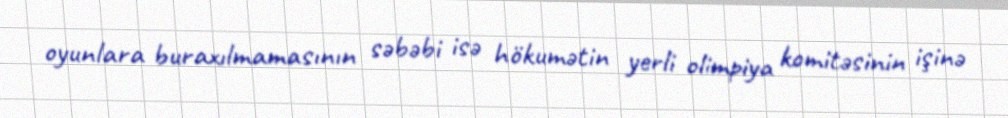
oyunlara buraxılmamasının səbəbi isə hökumətin yerli olimpiya komitəsinin işinə